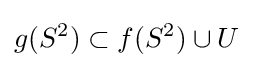
g(S^{2})\subset f(S^{2})\cup U